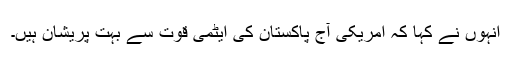
انہوں نے کہا کہ امریکی آج پاکستان کی ایٹمی قوت سے بہت پریشان ہیں۔